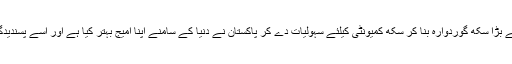
کوئی شک نہیں کہ دنیا کا سب سے بڑا سکھ گوردوارہ بنا کر سکھ کمیونٹی کیلئے سہولیات دے کر پاکستان نے دنیا کے سامنے اپنا امیج بہتر کیا ہے اور اسے پسندیدگی کی نگاہ سے دیکھا جا رہا ہے۔